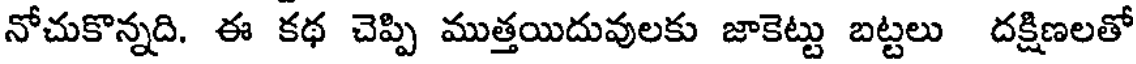
నోచుకొన్నది. ఈ కథ చెప్పి ముత్తయిదువులకు జాకెట్టు బట్టలు దక్షిణలతో